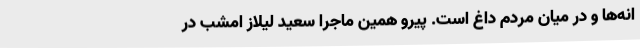
انه‌ها و در میان مردم داغ است. پیرو همین ماجرا سعید لیلاز امشب در